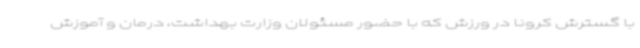
با گسترش کرونا در ورزش که با حضور مسئولان وزارت بهداشت، درمان و آموزش